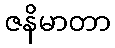
ဇနိမာတာ